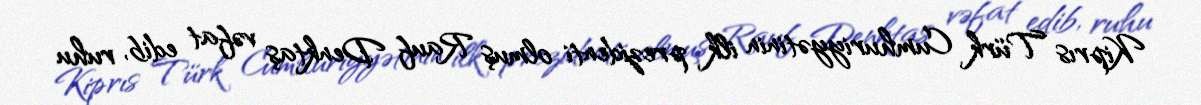
Kiprıs Türk Cumhuriyyətinin ilk prezidenti olmuş Rauf Denktaş vəfat edib, ruhu